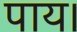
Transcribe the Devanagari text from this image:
पाय।